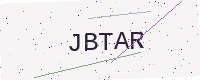
Text: JBTAR